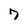
Character: 7